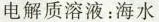
电解质溶液：海水